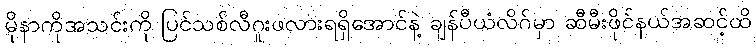
မိုနာကိုအသင်းကို ပြင်သစ်လီဂူးဖလားရရှိအောင်နဲ့ ချန်ပီယံလိဂ်မှာ ဆီမီးဖိုင်နယ်အဆင့်ထိ